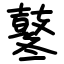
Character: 鼕